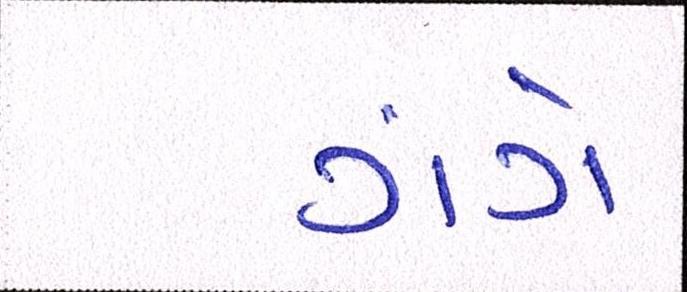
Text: ગંગે